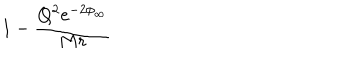
1 - { \frac { Q ^ { 2 } e ^ { - 2 \phi _ { \infty } } } { M r } }